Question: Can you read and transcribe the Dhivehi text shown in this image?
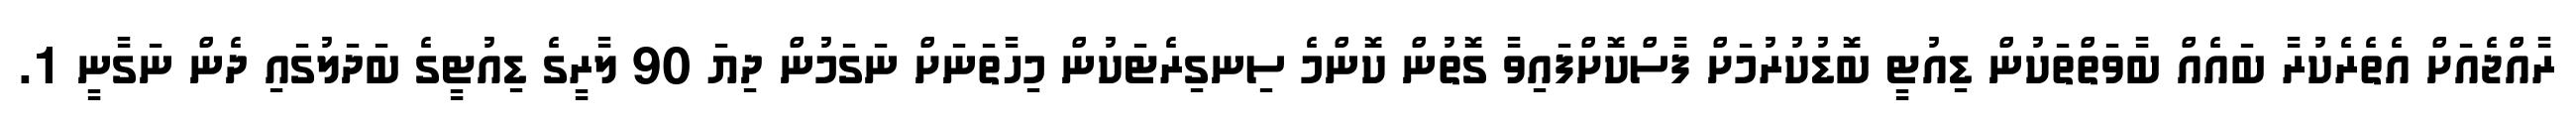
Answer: ރާއްޖެއަށް އެތެރެކުރާ ބައެއް ބާވަތްތަކުން ޑިއުޓީ ބޮޑުކުރުމަށް ފާސްކޮށްފައިވާ ގޮތުން ކޮންމެ ސިނގިރެޓަކުން މިހާތަނަށް ނަގަމުން ދިޔަ 90 ލާރީގެ ޑިއުޓީގެ ބަދަލުގައި ދެން ނަގާނީ 1.